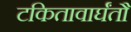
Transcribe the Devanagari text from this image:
टकितावार्घंतौ